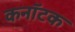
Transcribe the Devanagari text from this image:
कनॉटक